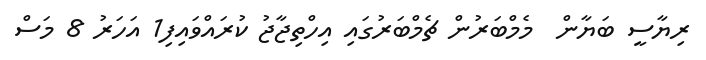
ރިޔާސީ ބަޔާން  މެމްބަރުން ޗެމްބަރުގައި އިހްތިޖާޖު ކުރައްވައިފި1 އަހަރު 8 މަސް